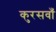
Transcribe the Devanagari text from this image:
कुरसवाँ